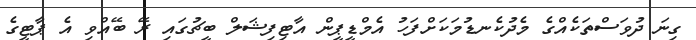
ގިނަ ދުވަސްތަކެއްގެ މެދުކެނޑުމަކަށްފަހު އެމްޑީޕީން އާޓިފިޝަލް ބީޗުގައި ރޭ ބޭއްވި އެ ޕާޓީގެ